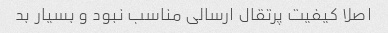
اصلا کیفیت پرتقال ارسالی مناسب نبود و بسیار بد